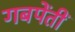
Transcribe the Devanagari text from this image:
गबपेंतीं